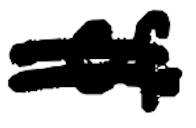
Text: of
Cross-out: double-line
Writing tool: digital_black